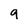
Character: 9